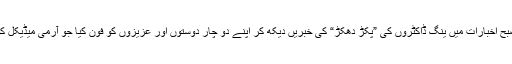
ہم نے آج صبح اخبارات میں ینگ ڈاکٹروں کی ”پکڑ دھکڑ“ کی خبریں دیکھ کر اپنے دو چار دوستوں اور عزیزوں کو فون کیا جو آرمی میڈیکل کور میں ہیں۔